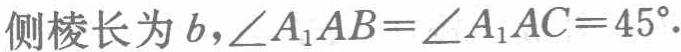
侧棱长为 \(b,\angle A_{1}AB = \angle A_{1}AC = 45^{\circ}\).